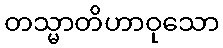
တသ္မာတိဟာဝုသော